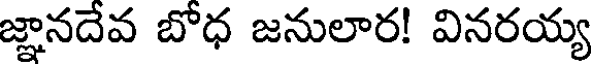
జ్ఞానదేవ బోధ జనులార! వినరయ్య